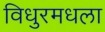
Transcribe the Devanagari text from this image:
विधुरमधला